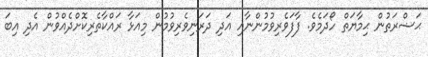
ޙަޟްރަތުން ޙިމާޔަތް ހޯދަމެވެ. ފާފަވެރިވުމުންނާއި އަދި ދަރަނިވެރިވުމުން މިއަޅާ ރައްކާތެރިކޮށްދެއްވުން އެދި އިބަ